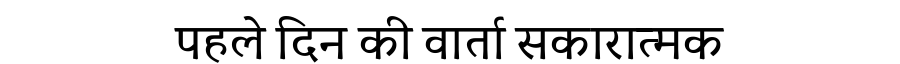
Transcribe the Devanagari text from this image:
पहले दिन की वार्ता सकारात्मक